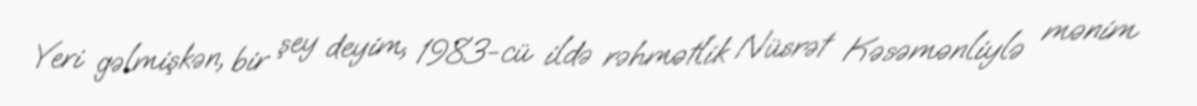
Yeri gəlmişkən, bir şey deyim, 1983-cü ildə rəhmətlik Nüsrət Kəsəmənliylə mənim